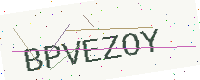
Text: BPVEZOY